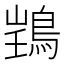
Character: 𫚽